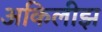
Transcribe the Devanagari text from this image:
अकिलीझ